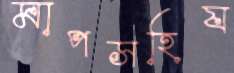
মাপসহিয